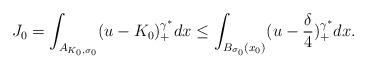
LaTeX: \begin{align*}J_{0} = \int_{A_{K_{0}, \sigma_{0}}}(u - K_{0})_{+}^{\gamma^{*}}dx \leq \int_{B_{\sigma_{0}}(x_{0})}(u - \frac{\delta}{4})_{+}^{\gamma^{*}}dx.\end{align*}